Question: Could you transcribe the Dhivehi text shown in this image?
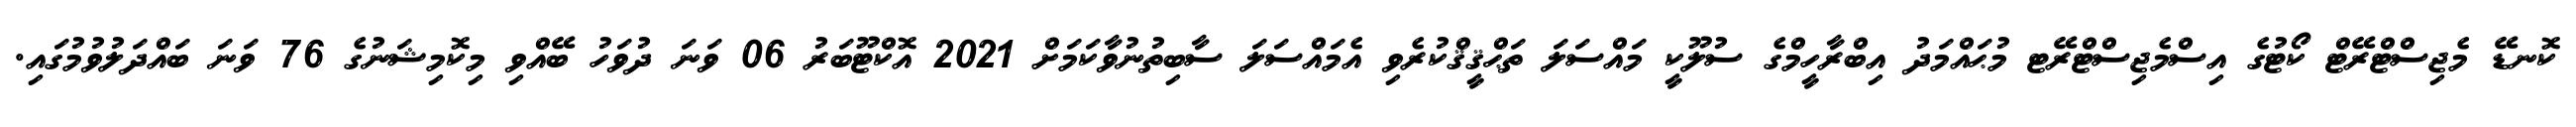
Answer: ކޮނޑޭ މެޖިސްޓްރޭޓް ކޯޓުގެ އިސްމެޖިސްޓްރޭޓ މުޙައްމަދު އިބްރާހީމްގެ ސުލޫކީ މައްސަލަ ތަޙްޤީޤްކުރެވި އެމައްސަލަ ސާބިތުނުވާކަމަށް 2021 އޮކްޓޫބަރު 06 ވަނަ ދުވަހު ބޭއްވި މިކޮމިޝަނުގެ 76 ވަނަ ބައްދަލުވުމުގައި.